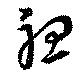
聴